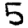
Digit: 5